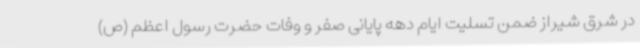
در شرق شیراز ضمن تسلیت ایام دهه پایانی صفر و وفات حضرت رسول اعظم (ص)